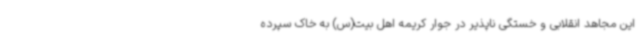
این مجاهد انقلابی و خستگی ناپذیر در جوار کریمه اهل بیت(س) به خاک سپرده